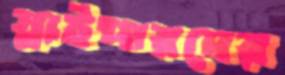
স্নাইপারদের